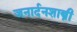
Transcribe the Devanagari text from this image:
जनार्दनशास्त्री